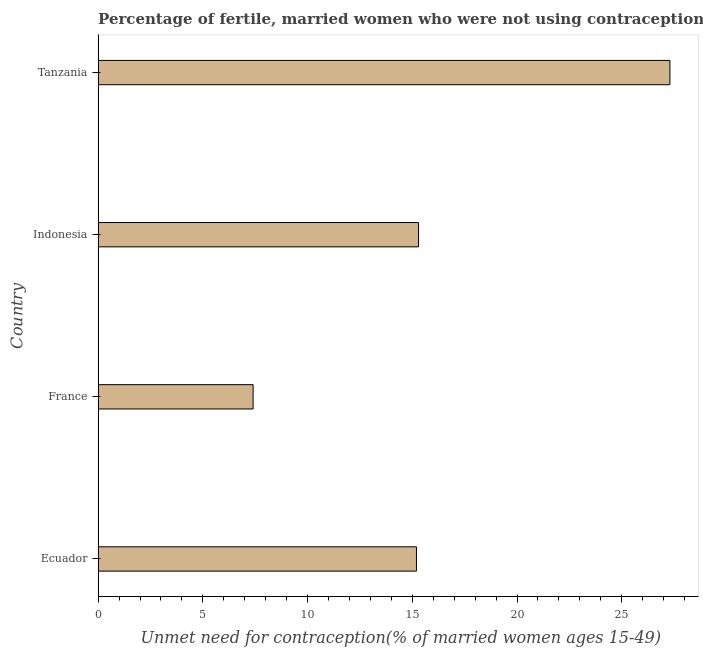
| Country | Unmet need for contraception |
 | --- | --- |
 | Ecuador | 15.2 |
 | France | 7.4 |
 | Indonesia | 15.3 |
 | Tanzania | 27.3 |